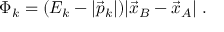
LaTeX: \Phi _ { k } = ( E _ { k } - | \vec { p } _ { k } | ) | \vec { x } _ { B } - \vec { x } _ { A } | \; .